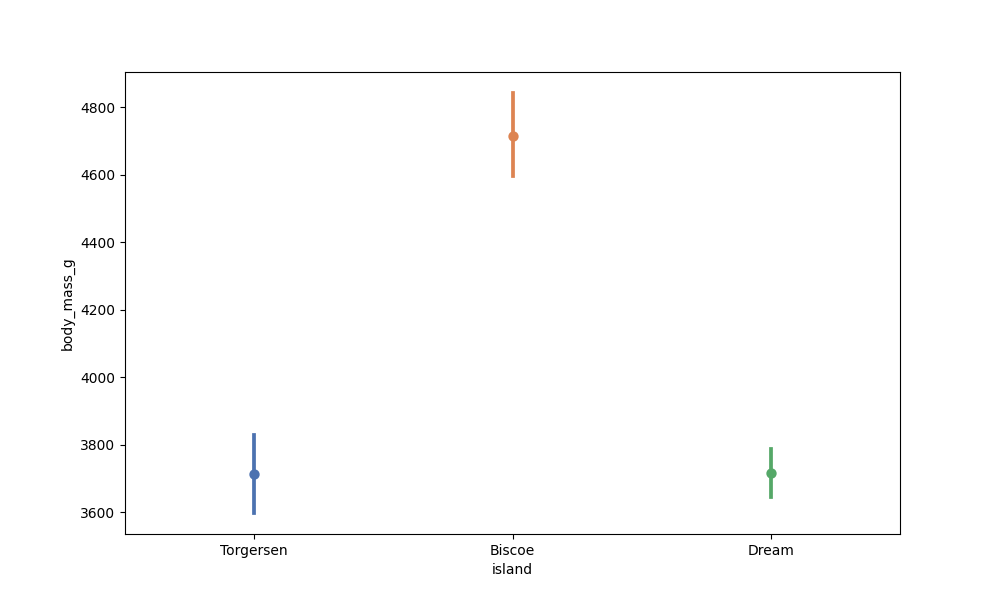
python, seaborn, pointplot, scale=1.0, join=True, hue='None', palette='deep'